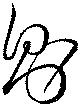
則